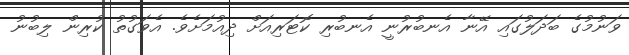
ވަނުމުގެ ބަދަލުގައި އޭނާ އެނބުރުނީ އެނބުރި ކޮޓަރިއަށް ދިއުމަށެވެ. އެވަގުތު ކުރިން ލިބުނު